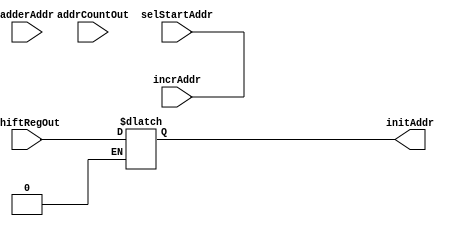
module addrRegMux(initAddr, incrAddr, selStartAddr, addrCountOut, shiftRegOut, adderAddr);

output reg [15:0] initAddr;
input wire [15:0] addrCountOut, adderAddr, shiftRegOut;
input wire selStartAddr, incrAddr;

initial begin
	incrAddr = 0;
	selStartAddr = 0; 
end

always@(incrAddr or selStartAddr)
begin
	if(incrAddr)
	begin
		initAddr <= adderAddr;
	end
	else if(selStartAddr)
	begin
		initAddr <= shiftRegOut;
	end
end

endmodule